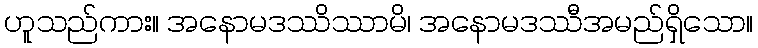
ဟူသည်ကား။ အနောမဒဿိဿာမိ၊ အနောမဒဿီအမည်ရှိသော။